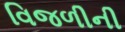
વિજળીની